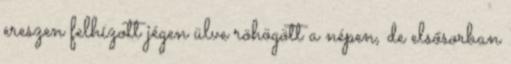
ereszen felhízott jégen ülve röhögött a népen, de elsősorban